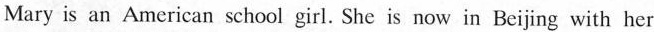
Mary is an American school girl. She is now in Beijing with her